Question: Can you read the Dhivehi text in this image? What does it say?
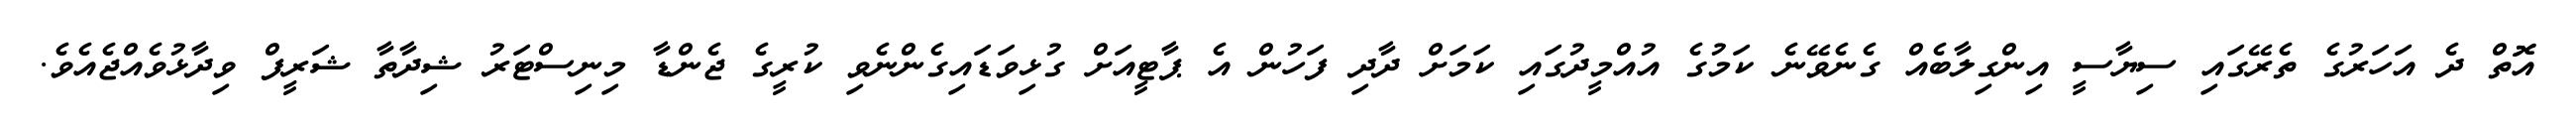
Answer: އޮތް ދެ އަހަރުގެ ތެރޭގައި ސިޔާސީ އިންގިލާބެއް ގެނެވޭނެ ކަމުގެ އުއްމީދުގައި ކަމަށް ދާދި ފަހުން އެ ޕާޓީއަށް ގުޅިވަޑައިގެންނެވި ކުރީގެ ޖެންޑާ މިނިސްޓަރު ޝިދާތާ ޝަރީފް ވިދާޅުވެއްޖެއެވެ.